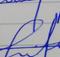
Signature authenticity: forged